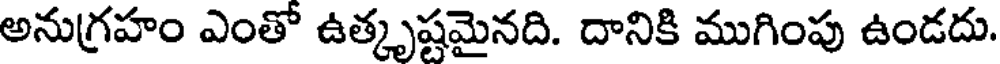
అనుగ్రహం ఎంతో ఉత్కృష్టమైనది. దానికి ముగింపు ఉండదు.